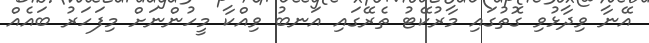
އޭނާ ވިދާޅުވި ގޮތުގައި މާރުކޭޓު ތެރޭގައި އަނބު ވިއްކާ މީހުންނަށް މިފަހަރު ބައެއް